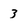
Character: 3